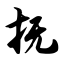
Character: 抚